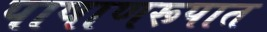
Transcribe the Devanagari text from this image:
पाषाणरूपात